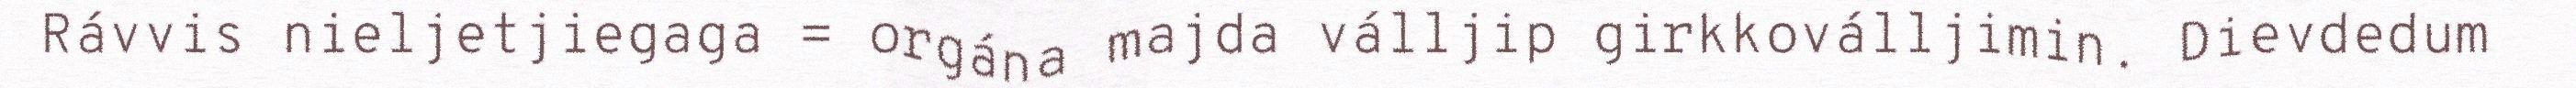
Rávvis nieljetjiegaga = orgána majda válljip girkkoválljimin. Dievdedum